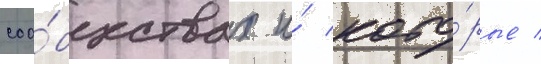
соо́бществах и́ кото́рые /